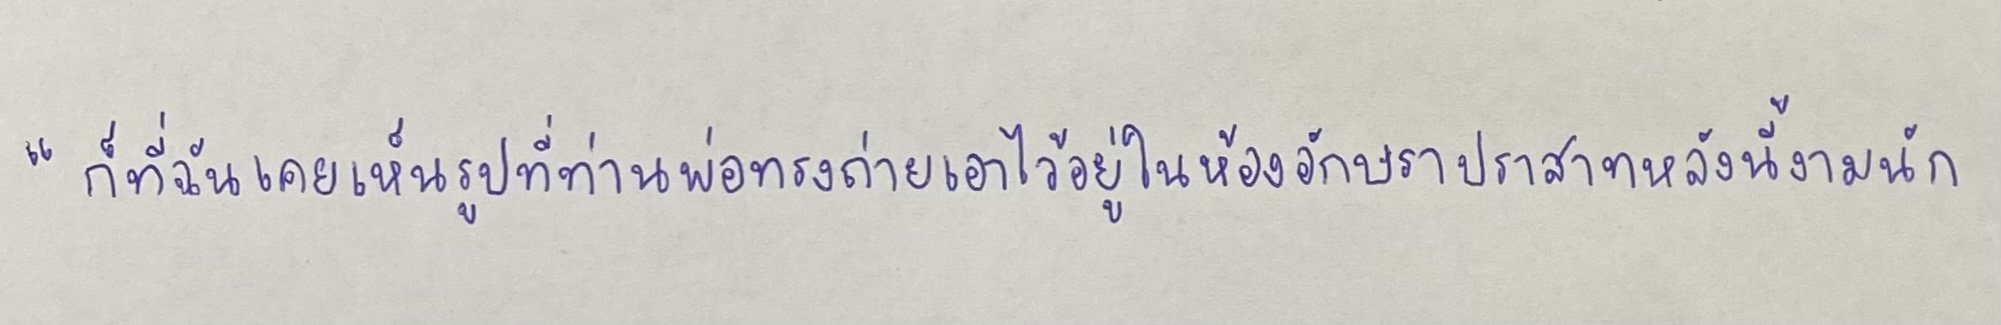
"ก็ที่ฉันเคยเห็นรูปที่ท่านพ่อทรงถ่ายเอาไว้อยู่ในห้องอักษราปราสาทหลังนี้งามนัก